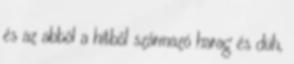
és az abból a hitből származó harag és düh,